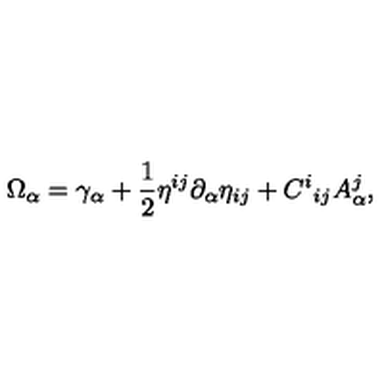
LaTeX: \Omega _ { \alpha } = \gamma _ { \alpha } + \frac { 1 } { 2 } \eta ^ { i j } \partial _ { \alpha } \eta _ { i j } + C ^ { i } { } _ { i j } A _ { \alpha } ^ { j } ,